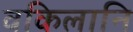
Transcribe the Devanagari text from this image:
वकिलानि